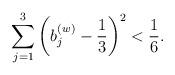
LaTeX: \begin{align*} \sum_{j=1}^3\left(b_j^{(w)}-\frac13\right)^2<\frac16. \end{align*}